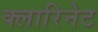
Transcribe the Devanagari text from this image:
क्लारिनेट